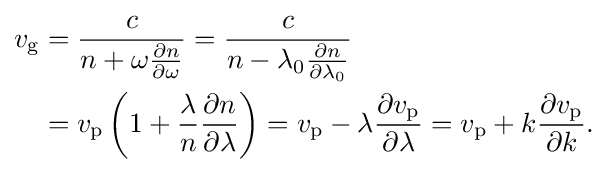
{\begin{aligned}v_{\rm {g}}&={\frac {c}{n+\omega {\frac {\partial n}{\partial \omega }}}}={\frac {c}{n-\lambda _{0}{\frac {\partial n}{\partial \lambda _{0}}}}}\\&=v_{\rm {p}}\left(1+{\frac {\lambda }{n}}{\frac {\partial n}{\partial \lambda }}\right)=v_{\rm {p}}-\lambda {\frac {\partial v_{\rm {p}}}{\partial \lambda }}=v_{\rm {p}}+k{\frac {\partial v_{\rm {p}}}{\partial k}}.\end{aligned}}